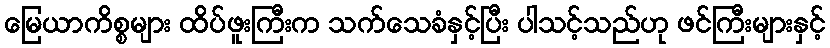
မြေယာကိစ္စများ ထိပ်ဖူးကြီးက သက်သေခံနှင့်ပြီး ပါသင့်သည်ဟု ဖင်ကြီးများနှင့်